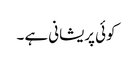
کوئی پریشانی ہے ۔